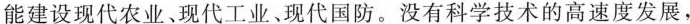
能建设现代农业、现代工业、现代国防。没有科学技术的高速度发展，